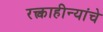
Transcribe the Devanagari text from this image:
रक्त्वाहीन्यांचे